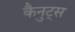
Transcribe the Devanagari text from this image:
कैनुट्स